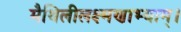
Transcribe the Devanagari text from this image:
मैथिलीलक्ष्मणाभ्याम्।